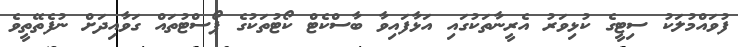
ފުވައްމުލަކު ސިޓީގެ ކުޅިވަރު އެރީނާތަކުގައި އަޅާފައިވާ ބާސްކެޓް ކޯޓުތަކުގެ ޕޯސްޓުތައް ގަވާއިދަށް ނުފެތޭތީވެ